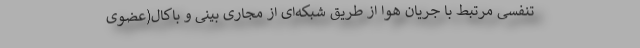
تنفسی مرتبط با جریان هوا از طریق شبکه‌ای از مجاری بینی و باکال(عضوی